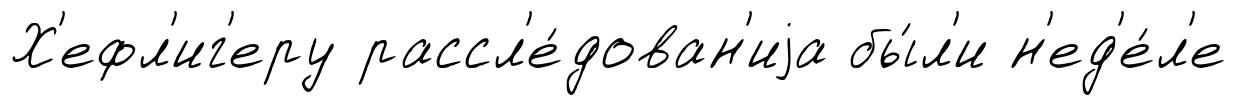
Х'ефл'иг'еру рассл'е́дован'иjа бы́л'и н'ед'е́л'е